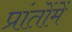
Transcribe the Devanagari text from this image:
प्रांतोंमें